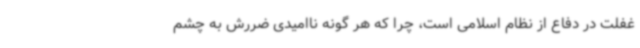
غفلت در دفاع از نظام اسلامی است، چرا که هر گونه ناامیدی ضررش به چشم